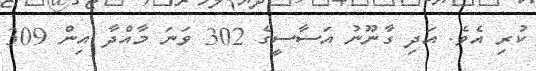
ކުރި އެވެ. އަދި ގާނޫނު އަސާސީގެ 302 ވަނަ މާއްދާ އިން 309